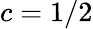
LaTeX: c=1/2